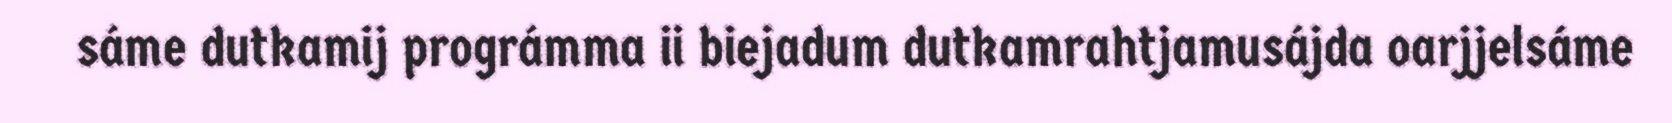
sáme dutkamij prográmma ii biejadum dutkamrahtjamusájda oarjjelsáme